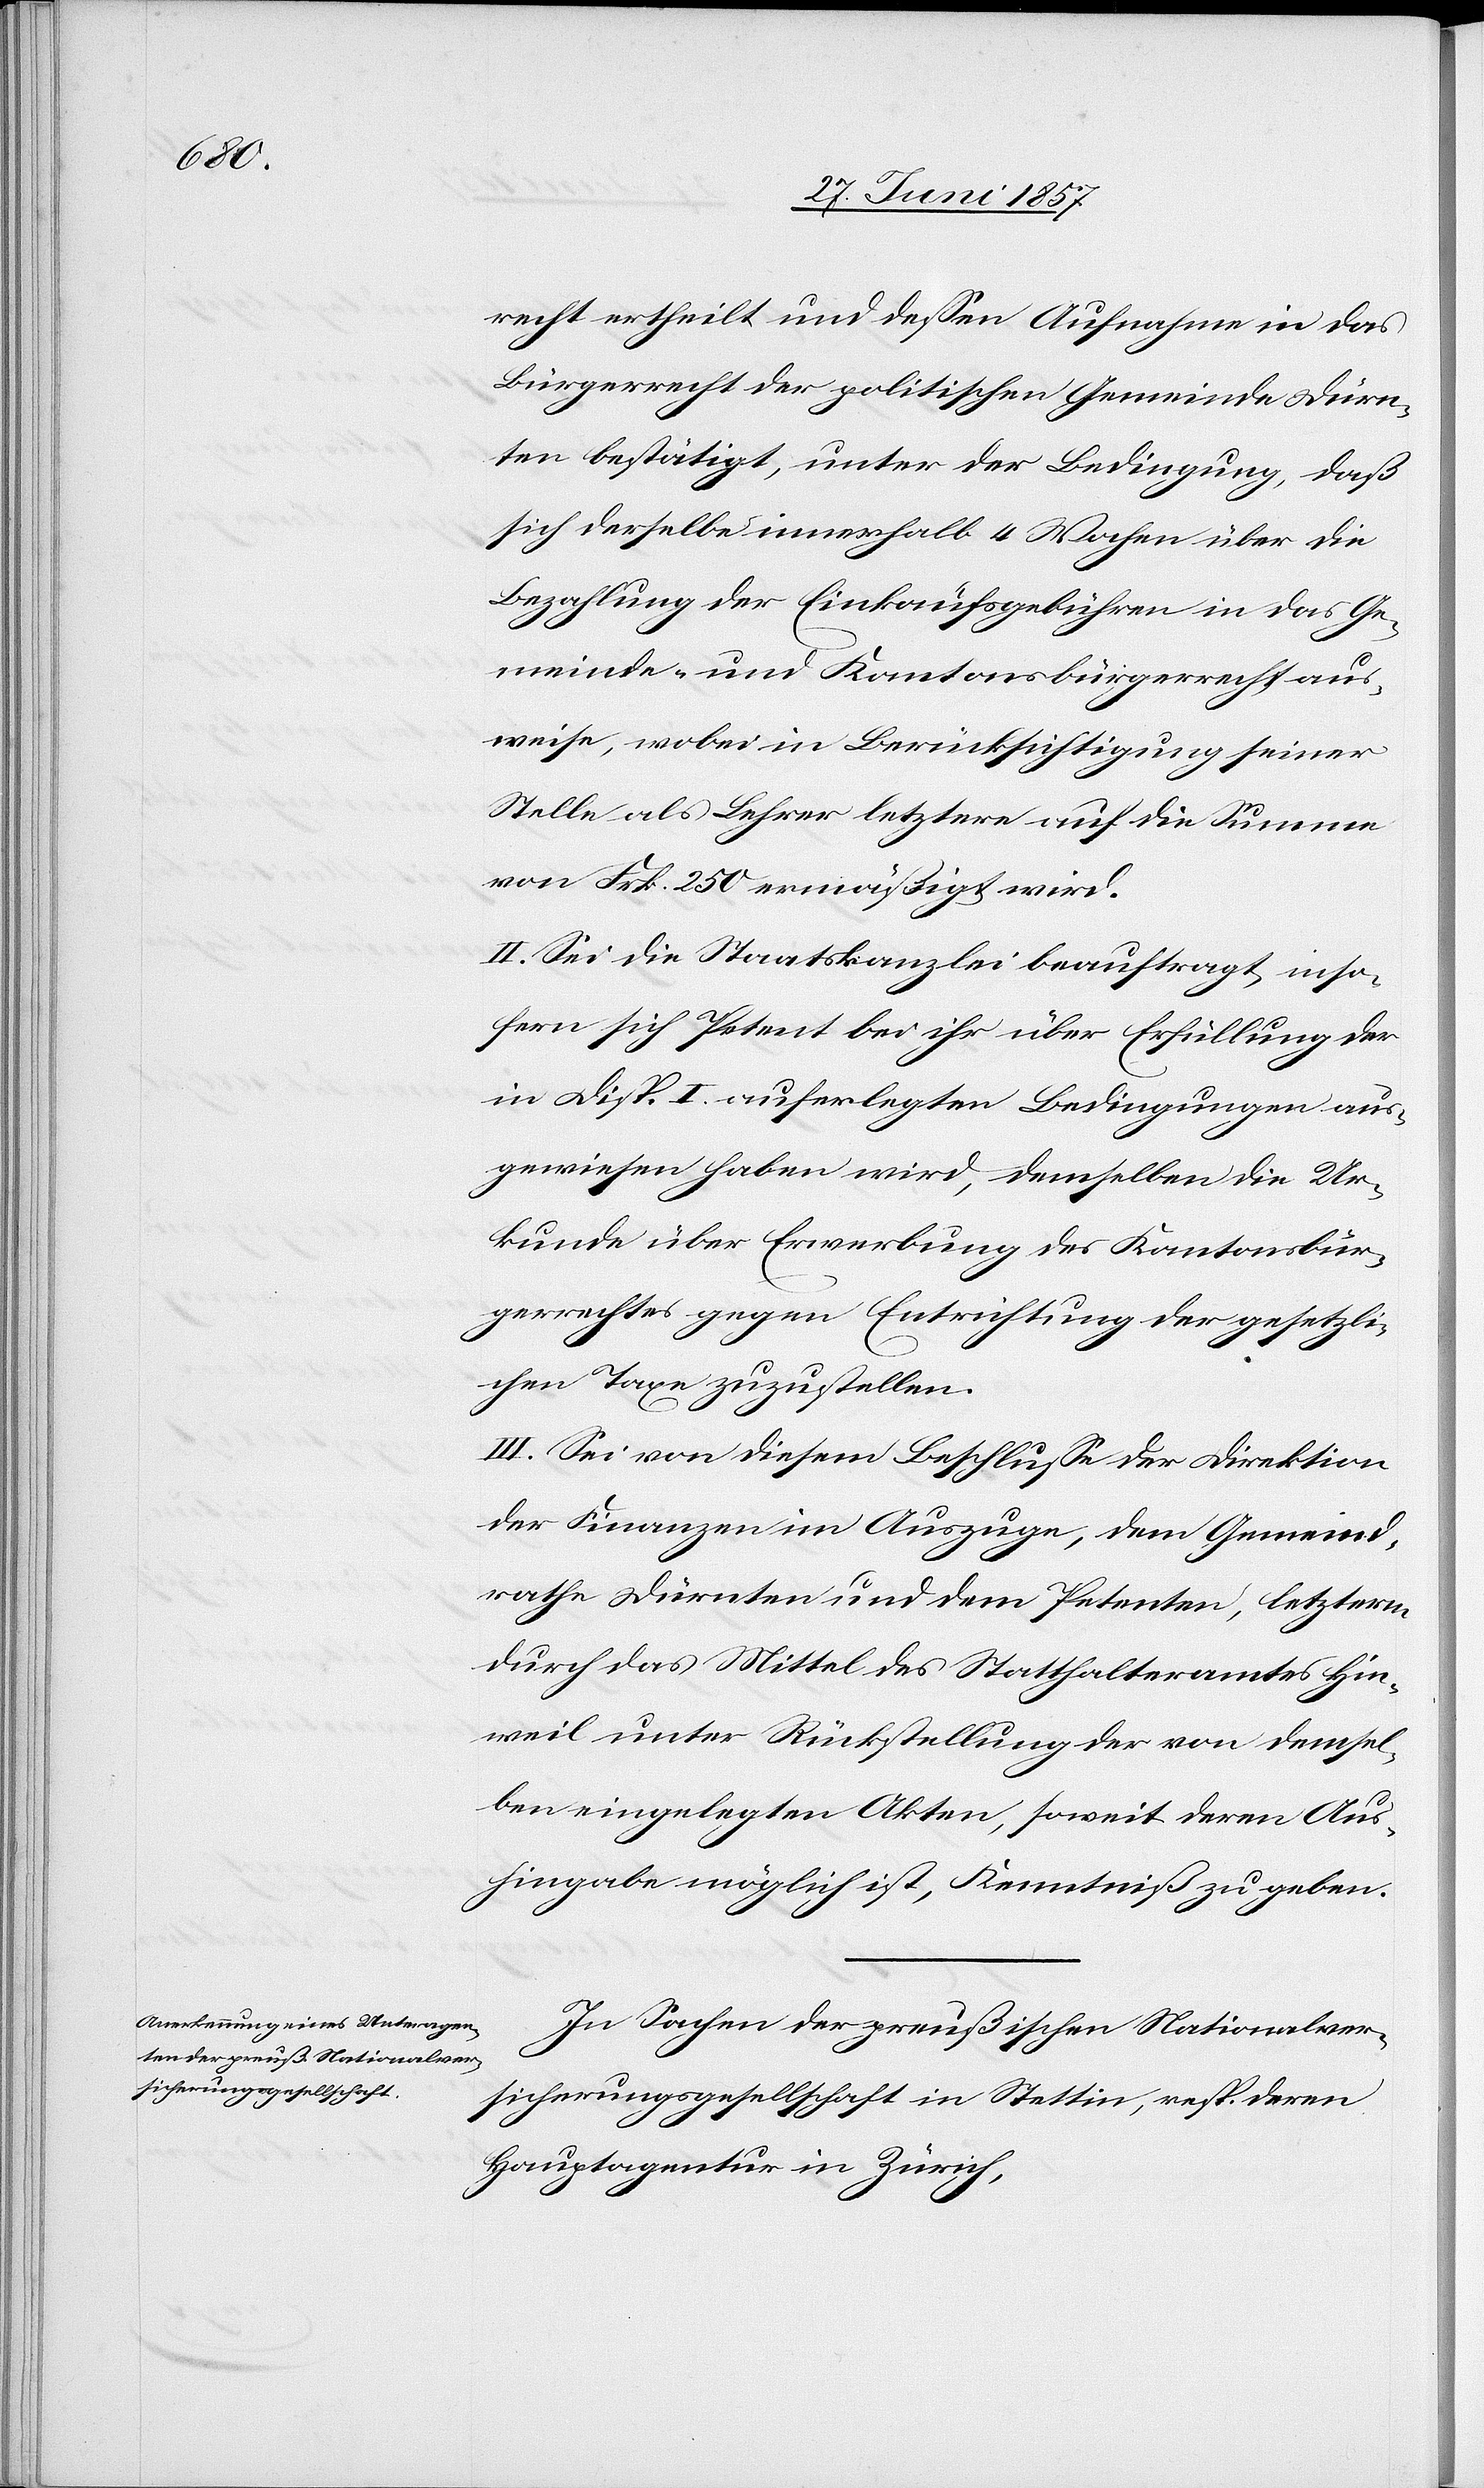
recht ertheilt und dessen Aufnahme in das
Bürgerrecht der politischen Gemeinde Dürn¬
ten bestätigt, unter der Bedingung, daß
sich derselbe innerhalb 4 Wochen über die
Bezahlung der Einkaufsgebühren in das Ge¬
meinde- und Kantonalbürgerrecht aus¬
weise, wobei in Berücksichtigung seiner
Stelle als Lehrer letztere auf die Summe
von Frk. 250 ermäßigt wird.
II. Sei die Staatskanzlei beauftragt, inso¬
fern sich Petent bei ihr über Erfüllung der
in Disp. I auferlegten Bedingungen aus¬
gewiesen haben wird, demselben die Ur¬
kunde über Erwerbung des Kantonsbür¬
gerrechtes gegen Entrichtung der gesetzli¬
chen Taxe zuzustellen.
III. Sei von diesem Beschlusse der Direktion
der Finanzen im Auszuge, dem Gemeind¬
rathe Dürnten und dem Petenten, letzterm
durch das Mittel des Statthalteramtes Hin¬
weil unter Rückstellung der von demsel¬
ben eingelegten Akten, soweit deren Aus¬
hingabe möglich ist, Kenntniß zu geben.
In Sachen der preußischen Nationalver¬
sicherungsgesellschaft in Stettin, resp. deren
Hauptagentur in Zürich,